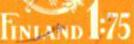
FINLAND 1:75